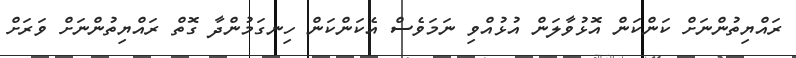
ރައްޔިތުންނަށް ކަންކަން އޮޅުވާލަން އުޅުއްވި ނަމަވެސް އެކަންކަން ހިނގަމުންދާ ގޮތް ރައްޔިތުންނަށް ވަރަށް